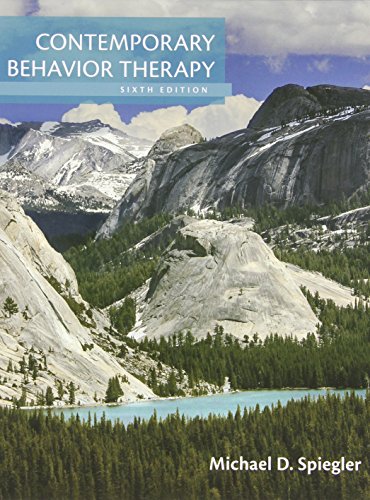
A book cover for Contemporary Behavior Therapy; Michael D. Spiegler; Science & Math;